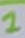
Text: 1